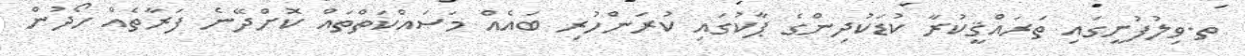
ތ.ވިލުފުށީގައި ތަރައްޤީކުރާ ކުޑަކުދިންގެ ޕާކުގައި ކުރަންހުރި ބައެއް މަސައްކަތްތައް ކޮށްދޭނެ ފަރާތެއް ހޯދުން